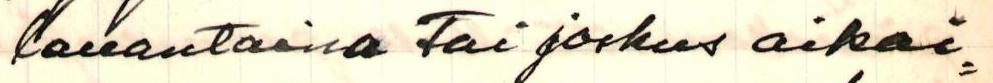
lauantaina Tai joskus aikai=